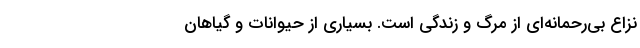
نزاع بی‌رحمانه‌ای از مرگ و زندگی است. بسیاری از حیوانات و گیاهان